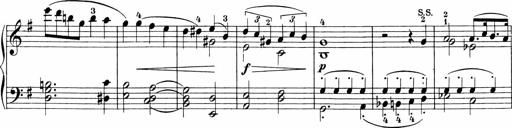
Title: Sonatinen Op.47, 98 und 136, nebst 6 Liedersonatinen
Composer: Carl Reinecke